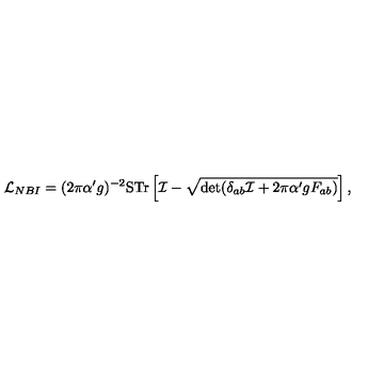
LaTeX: { \cal L } _ { N B I } = ( 2 \pi \alpha ^ { \prime } g ) ^ { - 2 } \mathrm { S T r } \left[ { \cal I } - \sqrt { \det ( \delta _ { a b } { \cal I } + 2 \pi \alpha ^ { \prime } g F _ { a b } ) } \right] ,